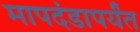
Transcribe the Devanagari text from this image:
मापदंडापर्यंत